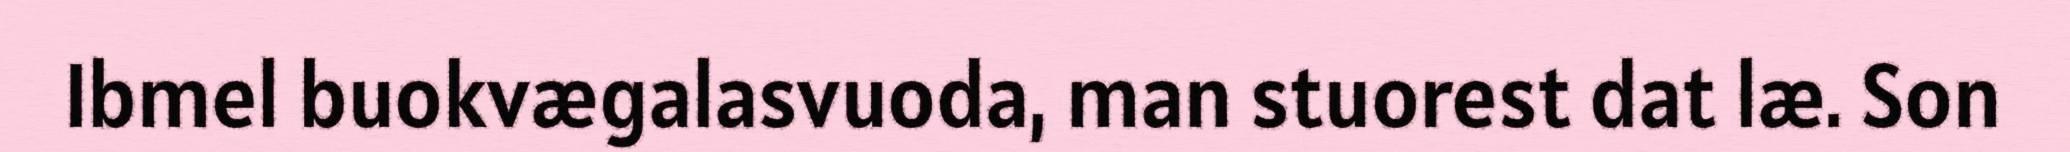
Ibmel buokvægalasvuoda, man stuorest dat læ. Son